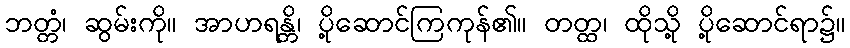
ဘတ္တံ၊ ဆွမ်းကို။ အာဟရန္တိ၊ ပို့ဆောင်ကြကုန်၏။ တတ္ထ၊ ထိုသို့ ပို့ဆောင်ရာ၌။